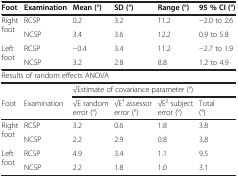
<table><thead><tr><td><b>Foot</b></td><td><b>Examination</b></td><td><b>Mean (°)</b></td><td><b>SD (°)</b></td><td><b>Range (°)</b></td><td><b>95 % CI (°)</b></td></tr></thead><tbody><tr><td rowspan="2">Right foot</td><td>RCSP</td><td>0.2</td><td>3.2</td><td>11.2</td><td>−2.0 to 2.6</td></tr><tr><td>NCSP</td><td>3.4</td><td>3.6</td><td>12.2</td><td>0.9 to 5.8</td></tr><tr><td>Left foot</td><td>RCSP</td><td>−0.4</td><td>3.4</td><td>11.2</td><td>−2.7 to 1.9</td></tr><tr><td> </td><td>NCSP</td><td>3.2</td><td>2.8</td><td>8.8</td><td>1.2 to 4.9</td></tr><tr><td colspan="6">Results of random effects ANOVA</td></tr><tr><td> </td><td> </td><td colspan="4">√Estimate of covariance parameter (°)</td></tr><tr><td>Foot</td><td>Examination</td><td>√E random error (°)</td><td>√E 1 assessor error (°)</td><td>√E 2 subject error (°)</td><td>Total (°)</td></tr><tr><td rowspan="2">Right foot</td><td>RCSP</td><td>3.2</td><td>0.6</td><td>1.8</td><td>3.8</td></tr><tr><td>NCSP</td><td>2.2</td><td>2.9</td><td>0.8</td><td>3.8</td></tr><tr><td>Left foot</td><td>RCSP</td><td>4.9</td><td>3.4</td><td>1.1</td><td>9.5</td></tr><tr><td> </td><td>NCSP</td><td>2.2</td><td>1.8</td><td>1.0</td><td>3.1</td></tr></tbody></table>